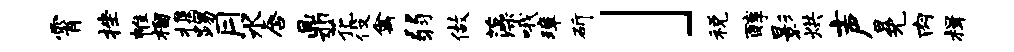
霄挫帷榴携踢月水唇鼎花役禽弱做藻哦璋斫」税醇影烘声冕肉楫